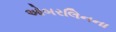
ઓબરલિનના